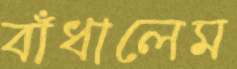
বাঁধালেম